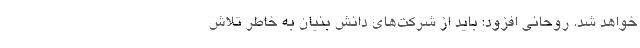
خواهد شد. روحانی افزود: باید از شرکت‌های دانش بنیان به خاطر تلاش‌